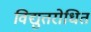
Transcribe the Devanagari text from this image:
विद्युतरोधित